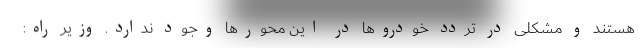
هستند و مشکلی در تردد خودروها در این محورها وجود ندارد. وزیر راه: